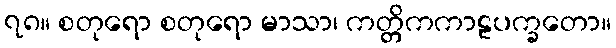
၇၈။ စတုရော စတုရော မာသာ၊ ကတ္တိကကာဠပက္ခတော။